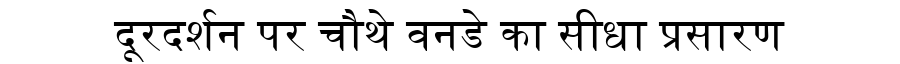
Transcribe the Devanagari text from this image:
दूरदर्शन पर चौथे वनडे का सीधा प्रसारण